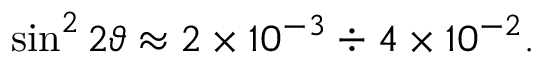
\sin ^ { 2 } 2 \vartheta \approx 2 \times 1 0 ^ { - 3 } \div 4 \times 1 0 ^ { - 2 } .